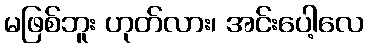
မဖြစ်ဘူး ဟုတ်လား၊ အင်းပေါ့လေ